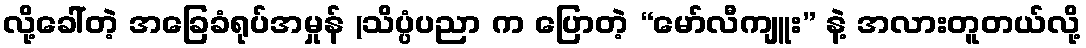
လို့ခေါ်တဲ့ အခြေခံရုပ်အမှုန် (သိပ္ပံပညာ က ပြောတဲ့ “မော်လီကျူး” နဲ့ အလားတူတယ်လို့